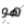
هو